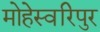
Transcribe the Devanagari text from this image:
मोहेस्वरिपुर